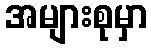
အများစုမှာ